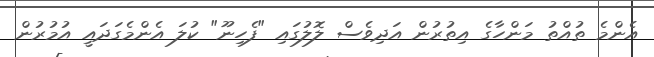
އެންމެ ތުއްތު މަންހާގެ އިތުރުން އަދިވެސް ލޮލުގައި "ފެހިނޫ" ކުލަ އެންމެގަދައީ އުމުރުން